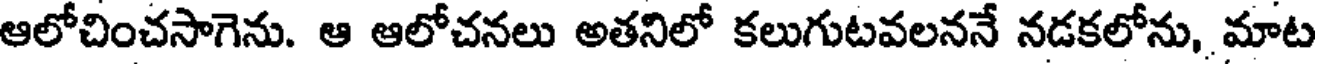
ఆలోచించసాగెను. ఆ ఆలోచనలు అతనిలో కలుగుటవలననే నడకలోను, మాట